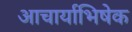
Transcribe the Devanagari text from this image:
आचार्याभिषेक